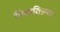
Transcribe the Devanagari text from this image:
पिकविल्या